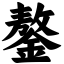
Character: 鏊